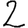
Digit: 2